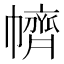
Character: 䶓